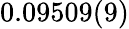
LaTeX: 0.09509(9)